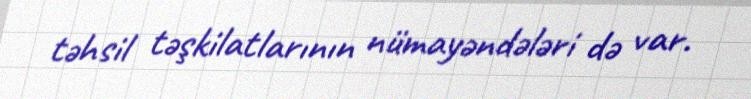
təhsil təşkilatlarının nümayəndələri də var.